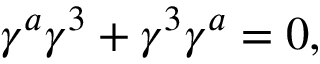
\gamma ^ { a } \gamma ^ { 3 } + \gamma ^ { 3 } \gamma ^ { a } = 0 , \qquad